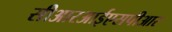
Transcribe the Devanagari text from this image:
सीआरआईएसपीआर